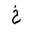
Letter: _kha